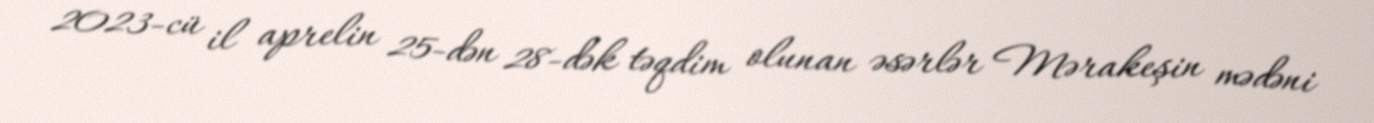
2023-cü il aprelin 25-dən 28-dək təqdim olunan əsərlər Mərakeşin mədəni